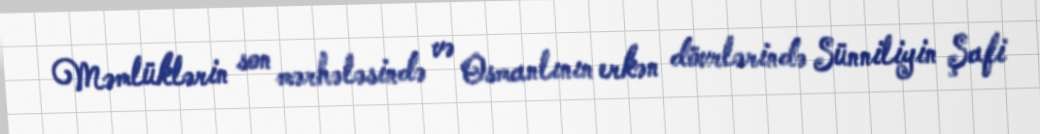
Məmlüklərin son mərhələsində və Osmanlının erkən dövrlərində Sünniliyin Şafi